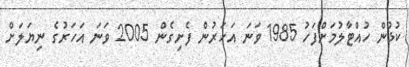
ކުޅުން ހުއްޓާލުމަށްފަހު 1985 ވަނަ އަހަރުން ފެށިގެން 2005 ވަނަ އަހަރުގެ ނިޔަލަށް